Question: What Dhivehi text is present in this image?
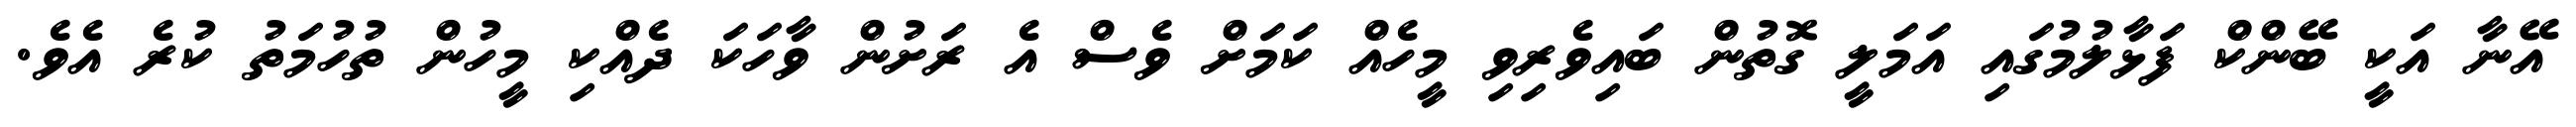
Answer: އޭނާ އަކީ ބޭންކް ފަޅާލުމުގައި އަމަލީ ގޮތުން ބައިވެރިވި މީހެއް ކަމަށް ވެސް އެ ރަށުން ވާހަކަ ދެއްކި މީހުން ތުހުމަތު ކުރެ އެވެ.